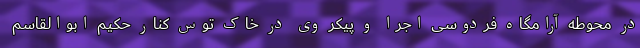
در محوطه آرامگاه فردوسی اجرا و پیکر وی در خاک توس کنار حکیم ابوالقاسم